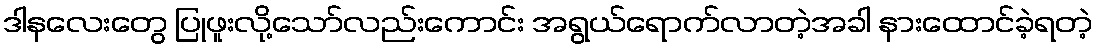
ဒါနလေးတွေ ပြုဖူးလို့သော်လည်းကောင်း အရွယ်ရောက်လာတဲ့အခါ နားထောင်ခဲ့ရတဲ့